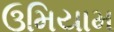
ઉમિયામ